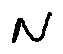
N